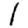
Digit: 1